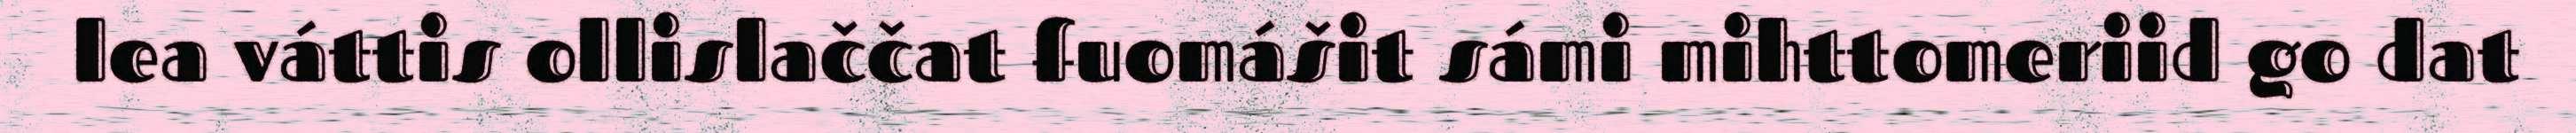
lea váttis ollislaččat fuomášit sámi mihttomeriid go dat